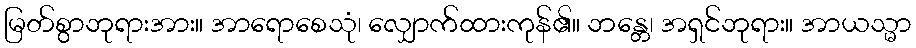
မြတ်စွာဘုရားအား။ အာရောစေသုံ၊ လျှောက်ထားကုန်၏။ ဘန္တေ၊ အရှင်ဘုရား။ အာယသ္မာ